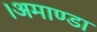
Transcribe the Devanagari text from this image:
।अमाण्डा